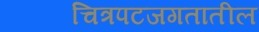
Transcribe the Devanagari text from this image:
चित्रपटजगतातील